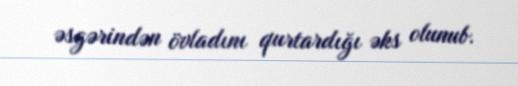
əsgərindən övladını qurtardığı əks olunub.